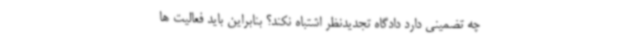
چه تضمینی دارد دادگاه تجدیدنظر اشتباه نکند؟ بنابراین باید فعالیت ها